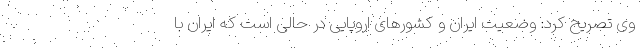
وی تصریح کرد: وضعیت ایران و کشورهای اروپایی در حالی است که ایران با